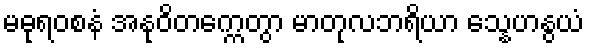
မဓုရဝစနံ အနုဝိတက္ကေတွာ မာတုလဘရိယာ သ္နေဟနွယံ